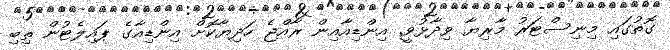
ގޮތުގައި މިނިސްޓަރު މާރިޔާ ވިދާޅުވީ